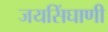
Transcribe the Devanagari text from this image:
जयसिंघाणी